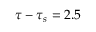
\tau - \tau _ { s } = 2 . 5